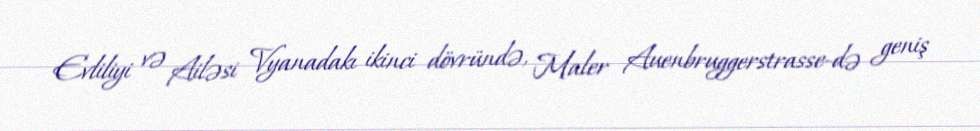
Evliliyi və Ailəsi Vyanadakı ikinci dövründə, Maler Auenbruggerstrasse-də geniş